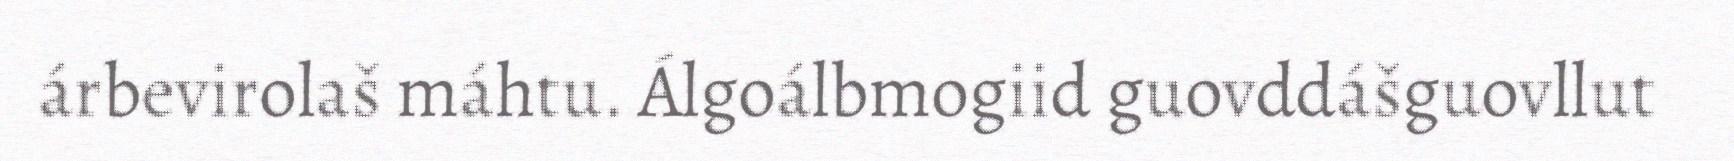
árbevirolaš máhtu. Álgoálbmogiid guovddášguovllut